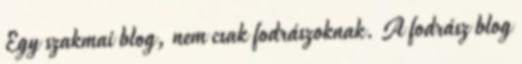
Egy szakmai blog, nem csak fodrászoknak. A fodrász blog